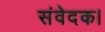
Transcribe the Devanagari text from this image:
संवेदक।